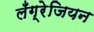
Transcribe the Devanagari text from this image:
लँग्रेजियन